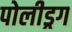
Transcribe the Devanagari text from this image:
पोलीड्रग